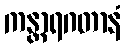
ကန္တာရဂတာနံ